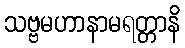
သဗ္ဗမဟာနာမရတ္တာနိ